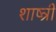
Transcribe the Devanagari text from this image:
शाष्त्री